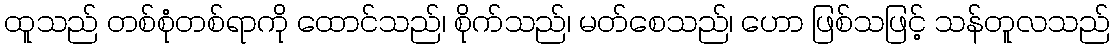
ထူသည် တစ်စုံတစ်ရာကို ထောင်သည်၊ စိုက်သည်၊ မတ်စေသည်၊ ဟော ဖြစ်သဖြင့် သန်တူလသည်